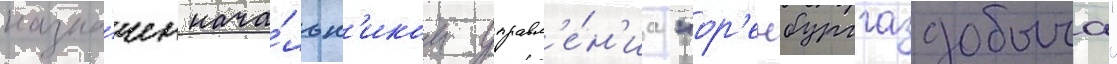
назна́чен нача́льн'иком управл'е́н'иа "ор'енбурггаздобыча"